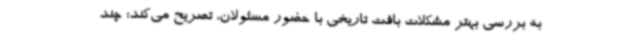
به بررسی بهتر مشکلات بافت تاریخی با حضور مسئولان، تصریح می‌کند: چند